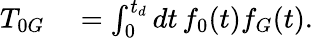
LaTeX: \begin{array}{rl}{T_{0G}}&{{}=\int_{0}^{t_{d}}dt\, f_{0}(t)f_{G}(t).}\end{array}